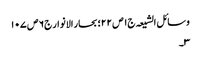
وسائل الشیعہ ج١ ص ٢٢؛ بحار الانوار ج٦ ص ١٠٧
٣۔